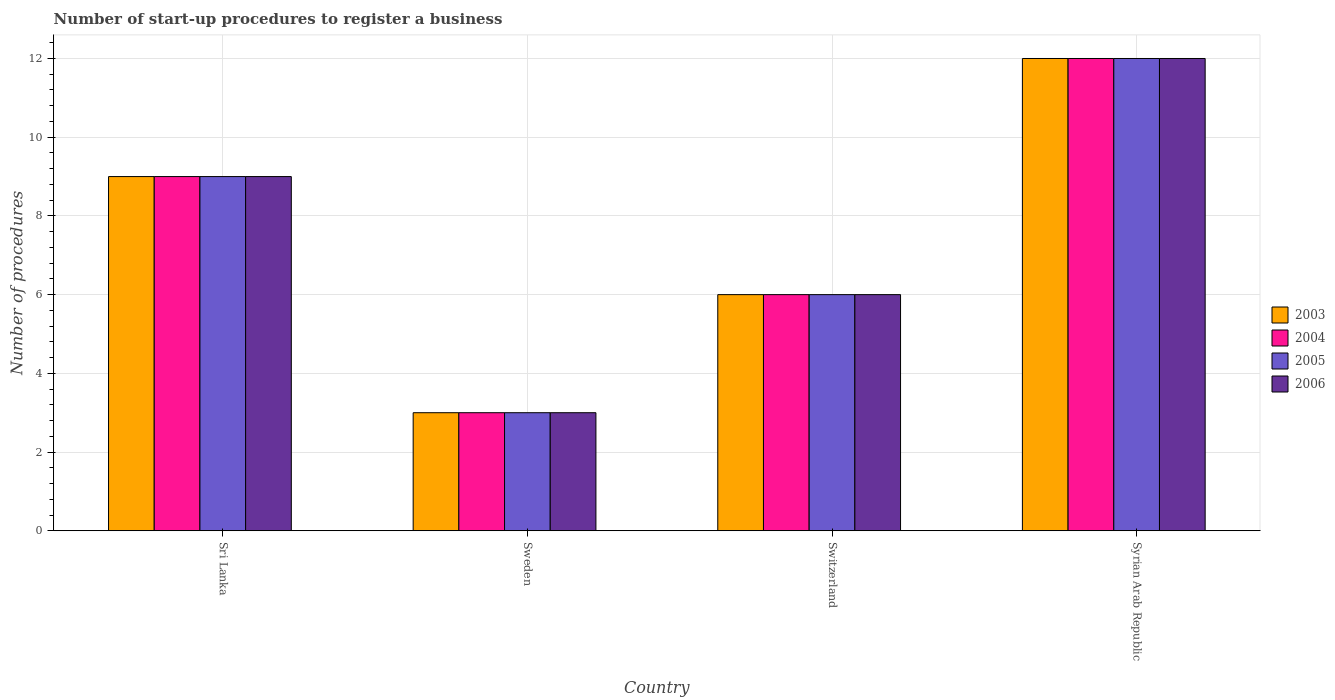
| Country | 2003 | 2004 | 2005 | 2006 |
 | --- | --- | --- | --- | --- |
 | Sri Lanka | 9 | 9 | 9 | 9 |
 | Sweden | 3 | 3 | 3 | 3 |
 | Switzerland | 6 | 6 | 6 | 6 |
 | Syrian Arab Republic | 12 | 12 | 12 | 12 |